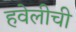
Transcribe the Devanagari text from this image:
हवेलीची